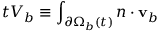
\d _ { t } V _ { b } \equiv \int _ { \partial \Omega _ { b } ( t ) } \d \mathbf { n } \cdot \mathbf { v } _ { b }